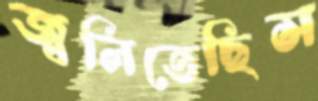
জ্বলিতেছিস